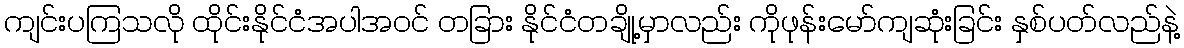
ကျင်းပကြသလို ထိုင်းနိုင်ငံအပါအဝင် တခြား နိုင်ငံတချို့မှာလည်း ကိုဖုန်းမော်ကျဆုံးခြင်း နှစ်ပတ်လည်နဲ့